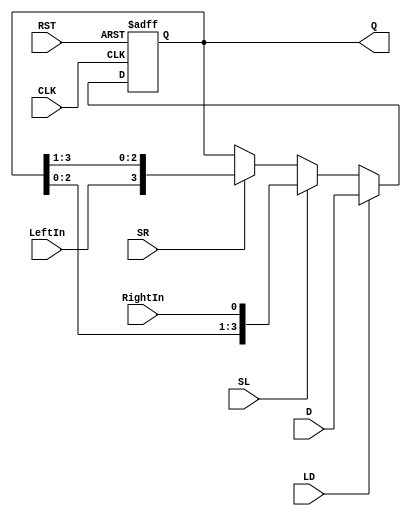
`timescale 1ns / 1ps
//////////////////////////////////////////////////////////////////////////////////
// Company: 
// Engineer: 
// 
// Design Name: 
// Module Name: shift_register
// Project Name: 
// Target Devices: 
// Tool Versions: 
// Description: 
// 
// Dependencies: 
// 
// Revision:
// Revision 0.01 - File Created
// Additional Comments:
// 
//////////////////////////////////////////////////////////////////////////////////


module shift_register #(parameter Data_width = 4)(
input [Data_width-1:0] D,
input LD,SL,SR,LeftIn,RightIn,
output reg [Data_width-1:0] Q,
input CLK,
input RST
);
always @(posedge CLK ,posedge RST)
begin
  if (RST)Q <= 0;   
  else if(LD) Q<=D;
  else if(SL) Q<={Q[Data_width-2:0],RightIn};
  else if(SR) Q<={LeftIn,Q[Data_width-1:1]};
  else Q<=Q;
end
endmodule